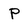
Character: P